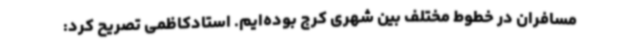
مسافران در خطوط مختلف بین شهری کرج بوده‌ایم. استادکاظمی تصریح کرد: